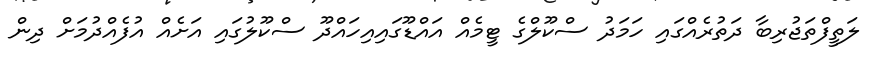
ލަތީފްތަޖުރިބާ ދަތުރެއްގައި ހަމަދު ސްކޫލްގެ ޓީމެއް އައްޑޫގައިއިހައްދޫ ސްކޫލުގައި އަށެއް އުފެއްދުމަށް ދިން